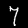
Digit: 7